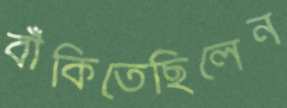
বাঁকিতেছিলেন